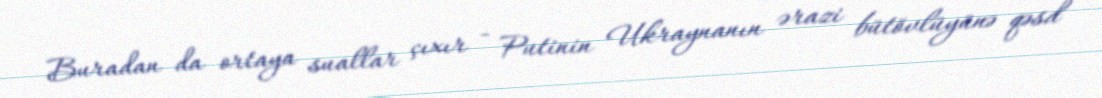
Buradan da ortaya suallar çıxır - Putinin Ukraynanın ərazi bütövlüyünə qəsd